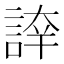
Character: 𧨫